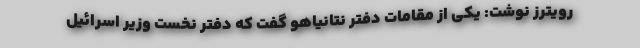
رویترز نوشت: یکی از مقامات دفتر نتانیاهو گفت که دفتر نخست وزیر اسرائیل